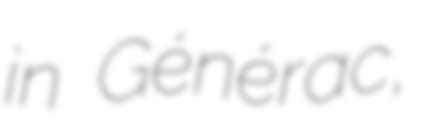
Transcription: in Générac,